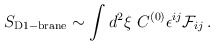
\begin{align*}S_{\rm D1-brane} \sim \int d^2\xi\ C^{(0)} \epsilon^{ij}{\cal F}_{ij}\, .\end{align*}